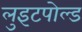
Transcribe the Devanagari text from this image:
लुइटपोल्ड